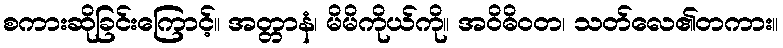
စကားဆိုခြင်းကြောင့်။ အတ္တာနံ၊ မိမိကိုယ်ကို။ အဝိဓိဝတ၊ သတ်လေ၏တကား။